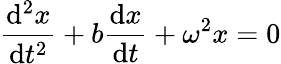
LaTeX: {\frac{\mathrm{d}^{2}x}{\mathrm{d}t^{2}}}+b{\frac{\mathrm{d}x}{\mathrm{d}t}}+\omega^{2}x=0